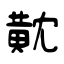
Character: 黆